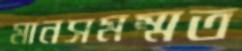
মানসমম্মত